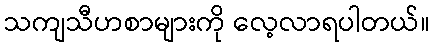
သကျသီဟစာများကို လေ့လာရပါတယ်။